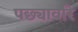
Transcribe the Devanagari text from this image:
पछ्यावरि